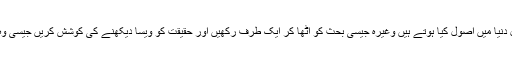
آئیڈیل دنیا میں اصول کیا ہوتے ہیں وغیرہ جیسی بحث کو اٹھا کر ایک طرف رکھیں اور حقیقت کو ویسا دیکھنے کی کوشش کریں جیسی وہ ہے۔